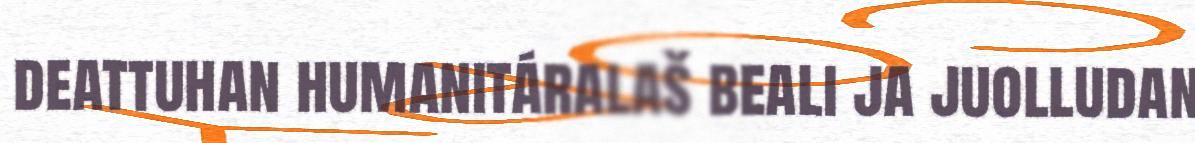
deattuhan humanitáralaš beali ja juolludan